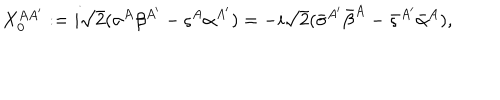
LaTeX: X _ { 0 } ^ { A { A ^ { \prime } } } : = i { \sqrt 2 } ( \sigma ^ { A } \beta ^ { A ^ { \prime } } - \varsigma ^ { A } \alpha ^ { A ^ { \prime } } ) = - i { \sqrt 2 } ( { \bar { \sigma } } ^ { A ^ { \prime } } { \bar { \beta } } ^ { A } - { \bar { \varsigma } } ^ { A ^ { \prime } } { \bar { \alpha } } ^ { A } ) ,